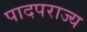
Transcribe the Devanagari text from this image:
पादपराज्य